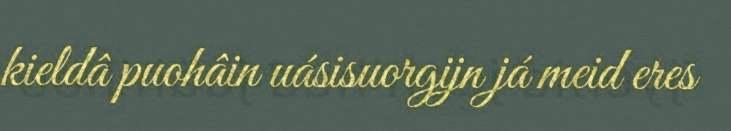
kieldâ puohâin uásisuorgijn já meid eres